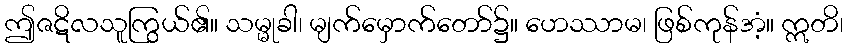
ဤဇဋိလသူကြွယ်၏။ သမ္မုခါ၊ မျက်မှောက်တော်၌။ ဟေဿာမ၊ ဖြစ်ကုန်အံ့။ ဣတိ၊